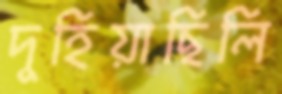
দুহিয়াছিলি